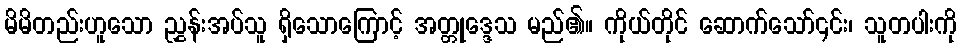
မိမိတည်းဟူသော ညွှန်းအပ်သူ ရှိသောကြောင့် အတ္တုဒ္ဒေသ မည်၏။ ကိုယ်တိုင် ဆောက်သော်၎င်း၊ သူတပါးကို